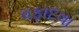
વફાદવા